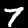
Digit: 7